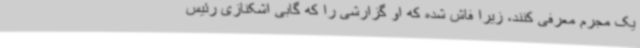
یک مجرم معرفی کنند، زیرا فاش شده که او گزارشی را که گابی اشکنازی رئیس